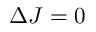
\Delta J = 0